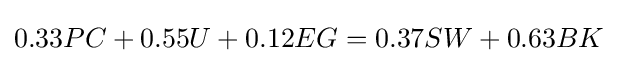
0.33PC+0.55U+0.12EG=0.37SW+0.63BK